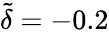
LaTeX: \tilde{\delta}=-0.2